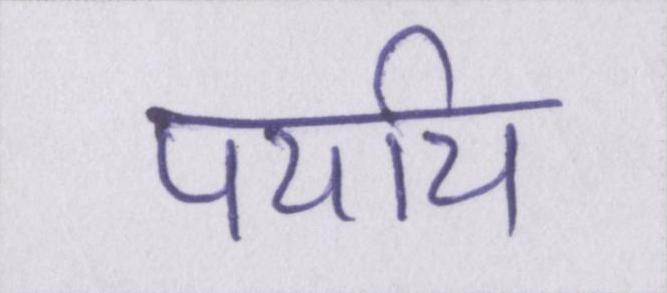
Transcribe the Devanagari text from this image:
पर्याय